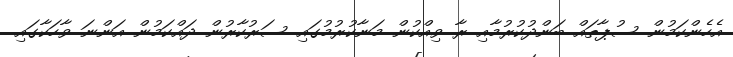
އެހެންކަމުން ސުޕާތައް ބަންދުކުރުމާއި ރާ ވިއްކުން މަނާކުރުމުގައި ސަރުކާރުން ދައްކަމުން އަންނަ ވާހަކާގައި